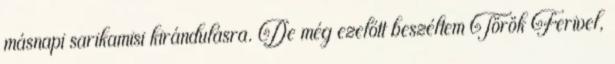
másnapi sarikamisi kirándulásra. De még ezelőtt beszéltem Török Ferivel,